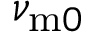
\nu _ { \mathrm { m } 0 }